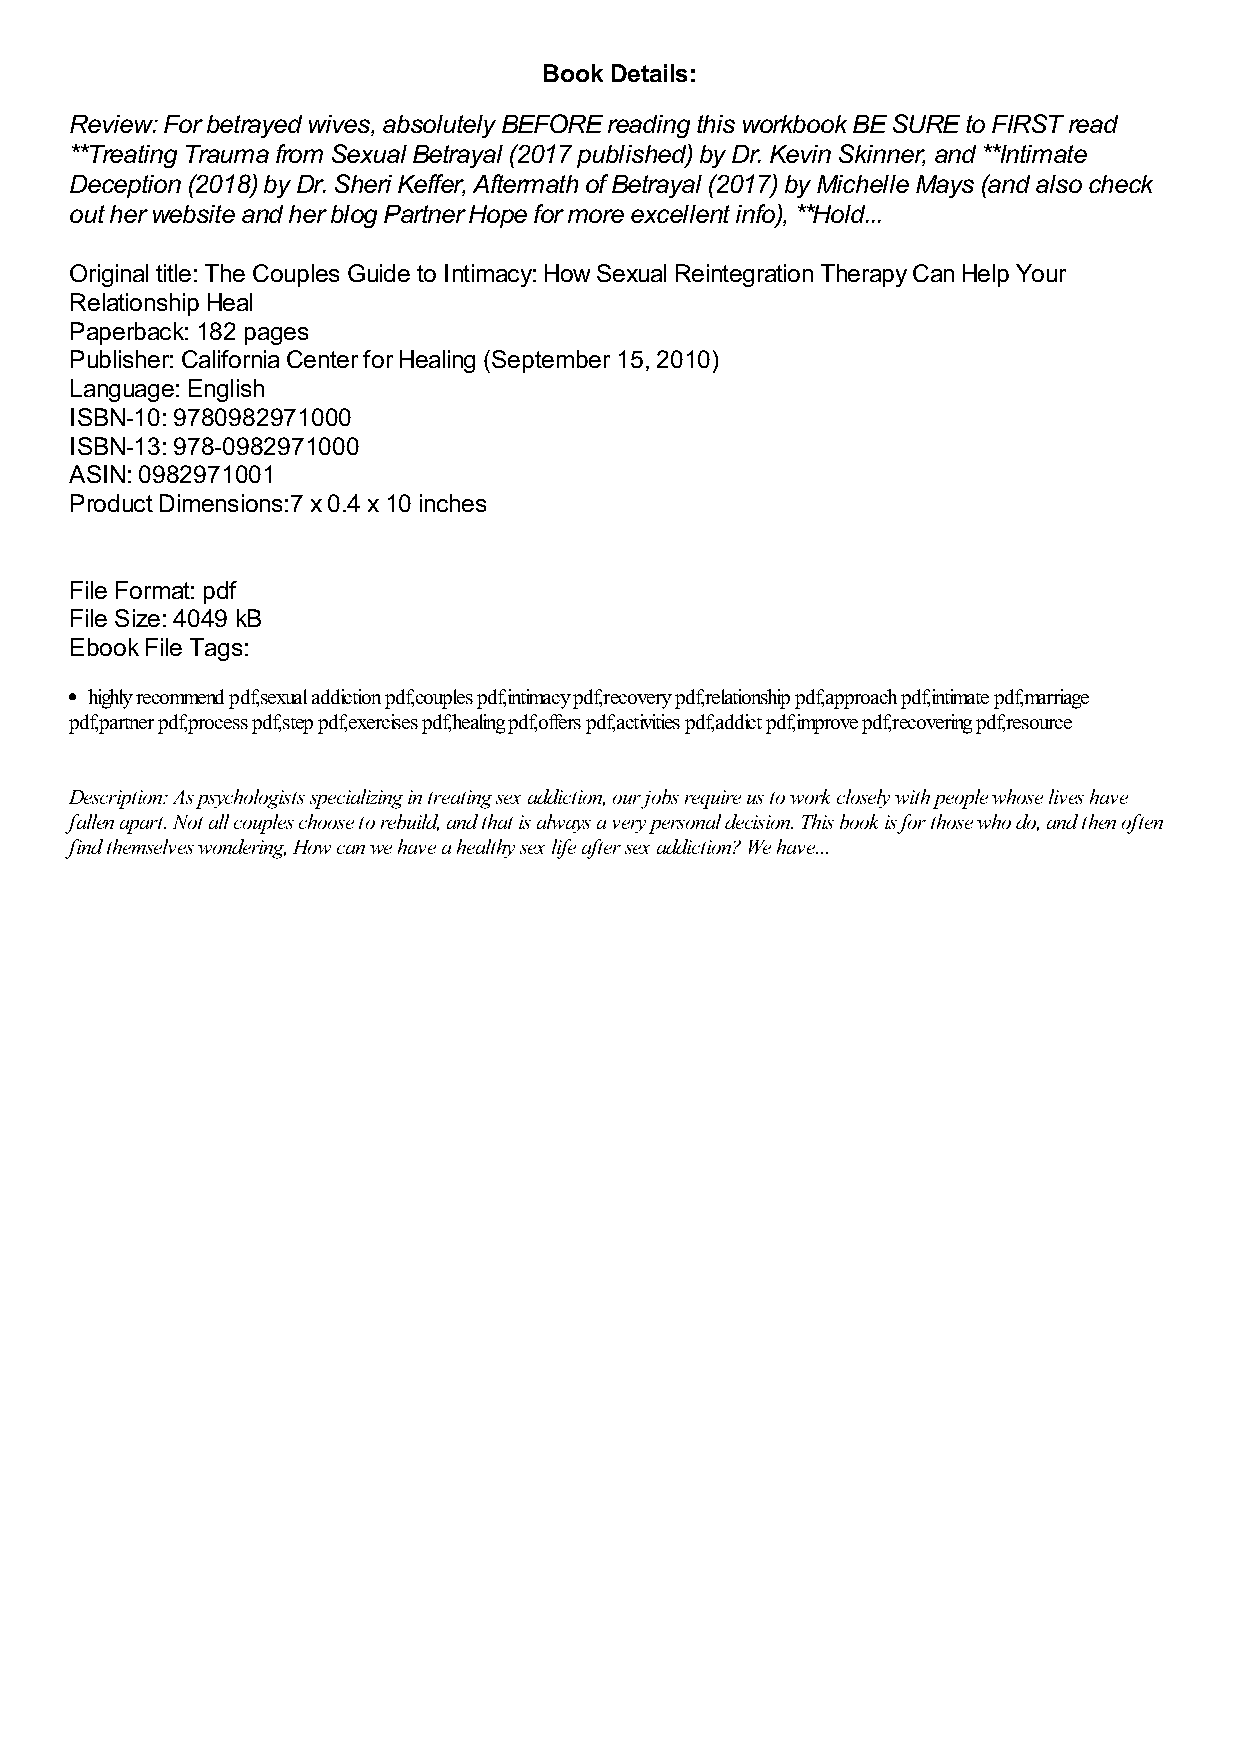
Book Details:
 Review: For betrayed wives, absolutely BEFORE reading this workbook BE SURE to FIRST read
 **Treating Trauma from Sexual Betrayal (2017 published) by Dr. Kevin Skinner, and **Intimate
 Deception (2018) by Dr. Sheri Keffer, Aftermath of Betrayal (2017) by Michelle Mays (and also check
 out her website and her blog Partner Hope for more excellent info), **Hold...
 Original title: The Couples Guide to Intimacy: How Sexual Reintegration Therapy Can Help Your
 Relationship Heal
 Paperback: 182 pages
 Publisher: California Center for Healing (September 15, 2010)
 Language: English
 ISBN-10: 9780982971000
 ISBN-13: 978-0982971000
 ASIN: 0982971001
 Product Dimensions:7 x 0.4 x 10 inches
 File Format: pdf
 File Size: 4049 kB
 Ebook File Tags:
 highly recommend pdf,sexual addiction pdf,couples pdf,intimacy pdf,recovery pdf,relationship pdf,approach pdf,intimate pdf,marriage
 pdf,partner pdf,process pdf,step pdf,exercises pdf,healing pdf,offers pdf,activities pdf,addict pdf,improve pdf,recovering pdf,resource
 Description: As psychologists specializing in treating sex addiction, our jobs require us to work closely with people whose lives have
 fallen apart. Not all couples choose to rebuild, and that is always a very personal decision. This book is for those who do, and then often
 find themselves wondering, How can we have a healthy sex life after sex addiction? We have...